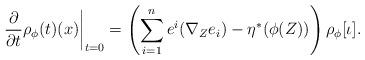
LaTeX: \begin{align*}\left.\frac{\partial}{\partial t} \rho_{\phi}(t) (x) \right|_{t=0}=\left(\sum_{i=1}^{n}e^{i} (\nabla_{Z} e_{i}) - \eta^{*} (\phi (Z))\right) \rho_{\phi}[\iota].\end{align*}